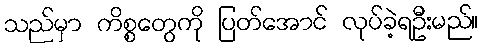
သည်မှာ ကိစ္စတွေကို ပြတ်အောင် လုပ်ခဲ့ရဦးမည်။